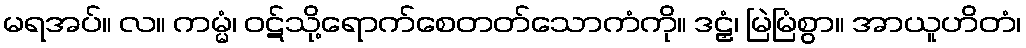
မရအပ်။ လ။ ကမ္မံ၊ ဝဋ်သို့ရောက်စေတတ်သောကံကို။ ဒဠှံ၊ မြဲမြံစွာ။ အာယူဟိတံ၊